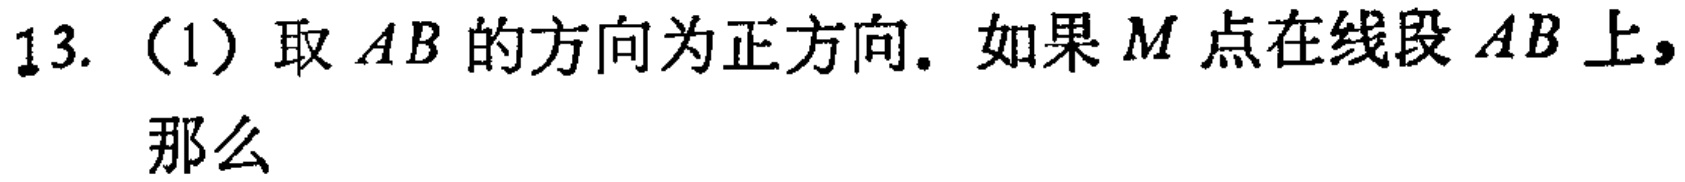
13. （1）取 \(AB\) 的方向为正方向. 如果 \(M\) 点在线段 \(AB\) 上，那么